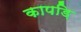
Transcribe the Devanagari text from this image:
कापड़ि